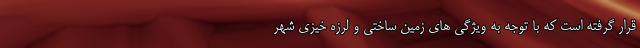
قرار گرفته است که با توجه به ویژگی های زمین ساختی و لرزه خیزی شهر